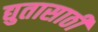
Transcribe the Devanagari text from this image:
द्युतासाठी